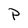
Character: P